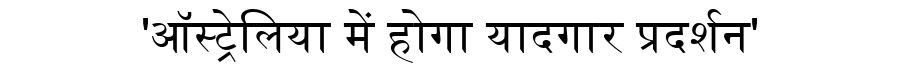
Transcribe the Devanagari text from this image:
'ऑस्ट्रेलिया में होगा यादगार प्रदर्शन'